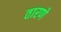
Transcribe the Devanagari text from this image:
तारणे